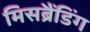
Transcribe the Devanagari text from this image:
मिसब्रैंडिंग